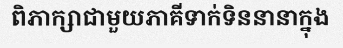
ពិភាក្សាជាមួយភាគីទាក់ទិននានាក្នុង